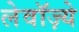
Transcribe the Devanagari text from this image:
लेवॉज़्ये